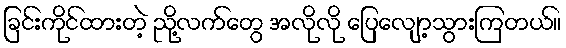
ခြင်းကိုင်ထားတဲ့ ညို့လက်တွေ အလိုလို ပြေလျော့သွားကြတယ်။